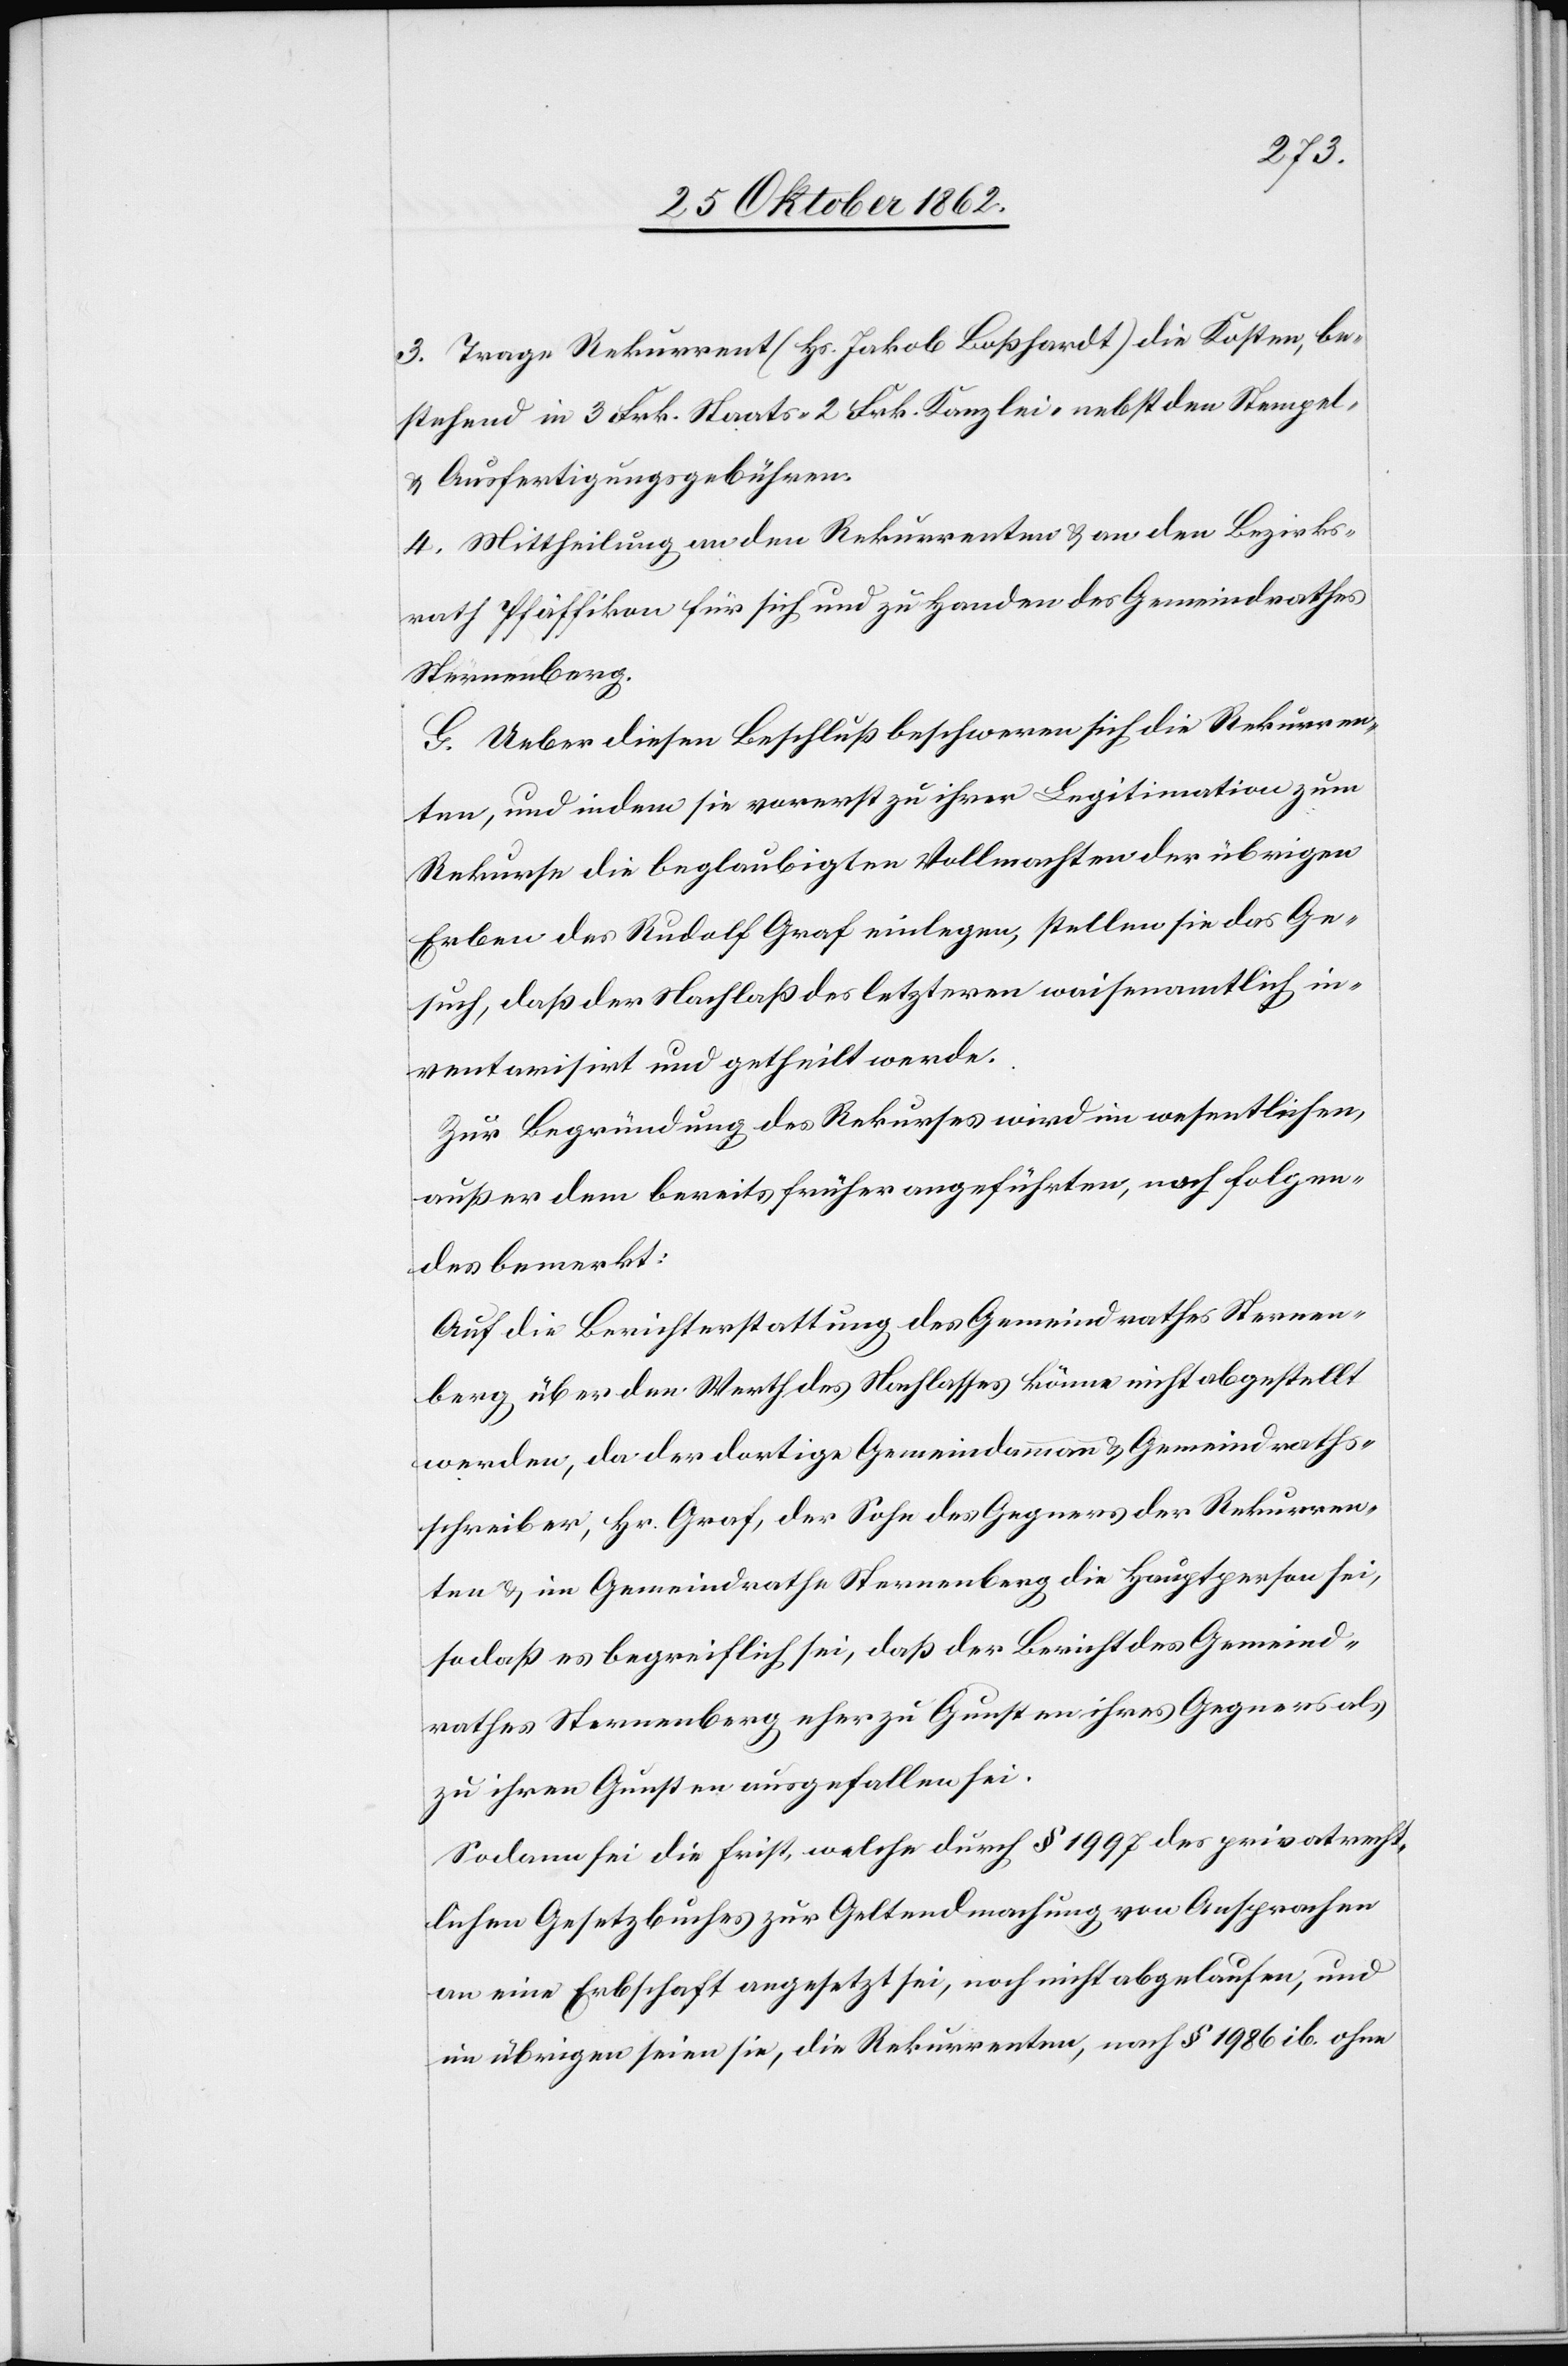
3. Trage Rekurrent (Hs. Jakob Boßhardt) die Kosten, be¬
stehend in 3 Frk. Staats-[,] 2 Frk. Kanzlei- nebst den Stempel-
u. Ausfertigungsgebühren.
4. Mittheilung an den Rekurrenten u. an den Bezirks¬
rath Pfäffikon für sich und zu Handen des Gemeindrathes
Sternenberg.
G. Ueber diesen Beschluß beschweren sich die Rekurren¬
ten, und indem sie vorerst zu ihrer Legitimation zum
Rekurse die beglaubigten Vollmachten der übrigen
Erben des Rudolf Graf einlegen, stellen sie das Ge¬
such, daß der Nachlaß des letzteren waisenamtlich in¬
ventarisirt und getheilt werde.
Zur Begründung des Rekurses wird im wesentlichen,
außer dem bereits früher angeführten, noch Folgen¬
des bemerkt:
Auf die Berichterstattung des Gemeindrathes Sternen¬
berg über den Werth des Nachlasses könne nicht abgestellt
werden, da der dortige Gemeindammann u. Gemeindraths¬
schreiber, Hr. Graf, der Sache des Gegners der Rekurren¬
ten, u. im Gemeindrathe Sternenberg die Hauptperson sei,
so daß es begreiflich sei, daß der Bericht des Gemeind¬
rathes Sternenberg eher zu Gunsten ihres Gegners als
zu ihren Gunsten ausgefallen sei.
Sodann sei die Frist, welche durch § 1997 des privatrecht¬
lichen Gesetzbuches zur Geltendmachung von Ansprachen
an eine Erbschaft angesetzt sei, noch nicht abgelaufen, und
im übrigen seien sie, die Rekurrenten, nach § 1986 ib. ohne